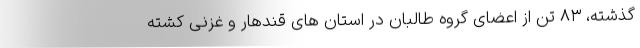
گذشته، ۸۳ تن از اعضای گروه طالبان در استان های قندهار و غزنی کشته